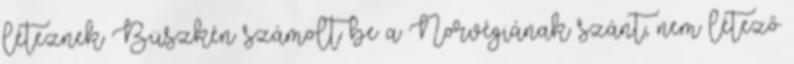
léteznek Büszkén számolt be a Norvégiának szánt, nem létező